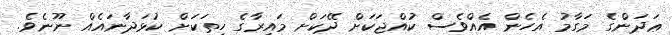
ޢަދަންގެ މަގާމު އެހެން އެއްވެސް ކުއްޖަކަށް ދޭކަށް މައިރާގެ ހިތަކަށް ކުޅަދާނައެއް ނޫނެވެ.